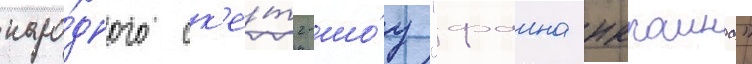
наро́дного ск'е́тч-шо́у "фаина юкраина"